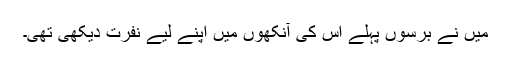
میں نے برسوں پہلے اس کی آنکھوں میں اپنے لیے نفرت دیکھی تھی۔